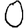
Digit: 0